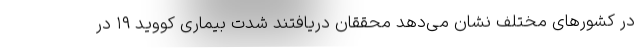
در کشورهای مختلف نشان می‌دهد محققان دریافتند شدت بیماری کووید ۱۹ در